Calcutta medical institutions reports 1892-1900
Year: 1892
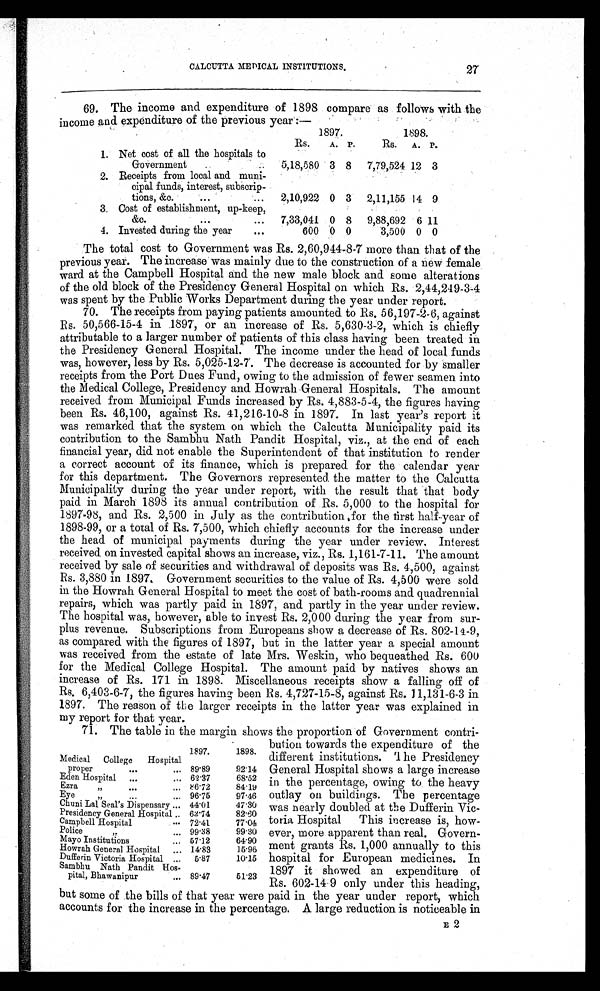
CALCUTTA MEDICAL INSTITUTIONS.
69. The income and expenditure of 1898 compare as follows with the
income and expenditure of the previous year:—
1897.
1898.
Rs.
A. P.
Rs.
A. P.
1. Net cost of all the hospitals to
Government
..
. .
5,18,580 3 8
7,79,524 12 3
2. Receipts from local and muni-
cipal funds, interest, subscrip-
tions, &c.
...
...
2,10,922 0 3
2,11,155 14 9
3. Cost of establishment, up-keep,
&c.
. . .
...
7,33,041 0 8
9,88,692 6 11
4. Invested during the year
...
600 0 0
3,500 0 0
The total cost to Government was Rs. 2,60,944-8-7 more than that of the
previous year. The increase was mainly due to the construction of a new female
ward at the Campbell Hospital and the new male block and some alterations
of the old block of the Presidency General Hospital on which Rs. 2,44,249-3-4
was spent by the Public Works Department during the year under report.
70. The receipts from paying patients amounted to Rs. 56,197-2-6, against
Rs. 50,566-15-4 in 1897, or an increase of Rs. 5,630-3-2, which is chiefly
attributable to a larger number of patients of this class having been treated in
the Presidency General Hospital. The income under the head of local funds
was, however, less by Rs. 5,025-12-7. The decrease is accounted for by smaller
receipts from the Port Dues Fund, owing to the admission of fewer seamen into
the Medical College, Presidency and Howrah General Hospitals. The amount
received from Municipal Funds increased by Rs. 4,883-5-4, the figures having
been Rs. 46,100, against Rs. 41,216-10-8 in 1897. In last year's report it
was remarked that the system on which the Calcutta Municipality paid its
contribution to the Sambhu Nath Pandit Hospital, viz., at the end of each
financial year, did not enable the Superintendent of that institution to render
a correct account of its finance, which is prepared for the calendar year
for this department. The Governors represented the matter to the Calcutta
Municipality during the year under report, with the result that that body
paid in March 1898 its annual contribution of Rs. 5,000 to the hospital for
1897-98, and Rs. 2,500 in July as the contribution for the first half-year of
1898-99, or a total of Rs. 7,500, which chiefly accounts for the increase under
the head of municipal payments during the year under review. Interest
received on invested capital shows an increase, viz., Rs. 1,161-7-11. The amount
received by sale of securities and withdrawal of deposits was Rs. 4,500, against
Rs. 3,880 in 1897. Government securities to the value of Rs. 4,500 were sold
in the Howrah General Hospital to meet the cost of bath-rooms and quadrennial
repairs, which was partly paid in 1897, and partly in the year under review.
The hospital was, however, able to invest Rs. 2,000 during the year from sur-
plus revenue. Subscriptions from Europeans show a decrease of Rs. 802-14-9,
as compared with the figures of 1897, but in the latter year a special amount
was received from the estate of late Mrs. Weskin, who bequeathed Rs. 600
for the Medical College Hospital. The amount paid by natives shows an
increase of Rs. 171 in 1898. Miscellaneous receipts show a falling off of
Rs. 6,403-6-7, the figures having been Rs. 4,727-15-8, against Rs. 11,131-6-3 in
1897. The reason of the larger receipts in the latter year was explained in
my report for that year.
71. The table in the margin shows the proportion of Government contri-
bution towards the expenditure of the
different institutions. The Presidency
General Hospital shows a large increase
in the percentage, owing to the heavy
outlay on buildings. The percentage
was nearly doubled at the Dufferin Vic-
toria Hospital This increase is, how-
ever, more apparent than real. Govern-
ment grants Rs. 1,000 annually to this
hospital for European medicines. In
1897 it showed an expenditure of
Rs. 602-14-9 only under this heading,
but some of the bills of that year were paid in the year under report, which
accounts for the increase in the percentage. A large reduction is noticeable in
E 2
27
1897.
1898.
Medical College Hospital
proper
. . .
... 89.89
92.14
Eden Hospital ...
... 62.37
68.52
Ezra "
. . .
. . .
8 6 . 7 2
84.19
Eye "
. . . ... 96.75
97.46
Chuni Lal Seal's Dispensary ... 44.01
47.30
Presidency General Hospital . . . 62.74
82.60
Campbell Hospital
. . . 72.41
77.04
Police "
. . . 99.38
99.30
Mayo Institutions
... 57.12
64.90
Howrah General Hospital ... 14.83
15.96
Dufferin Victoria Hospital ... 5.87
10.15
Sambhu Nath Pandit Hos-
pital, Bhawanipur
... 89.47
51.23